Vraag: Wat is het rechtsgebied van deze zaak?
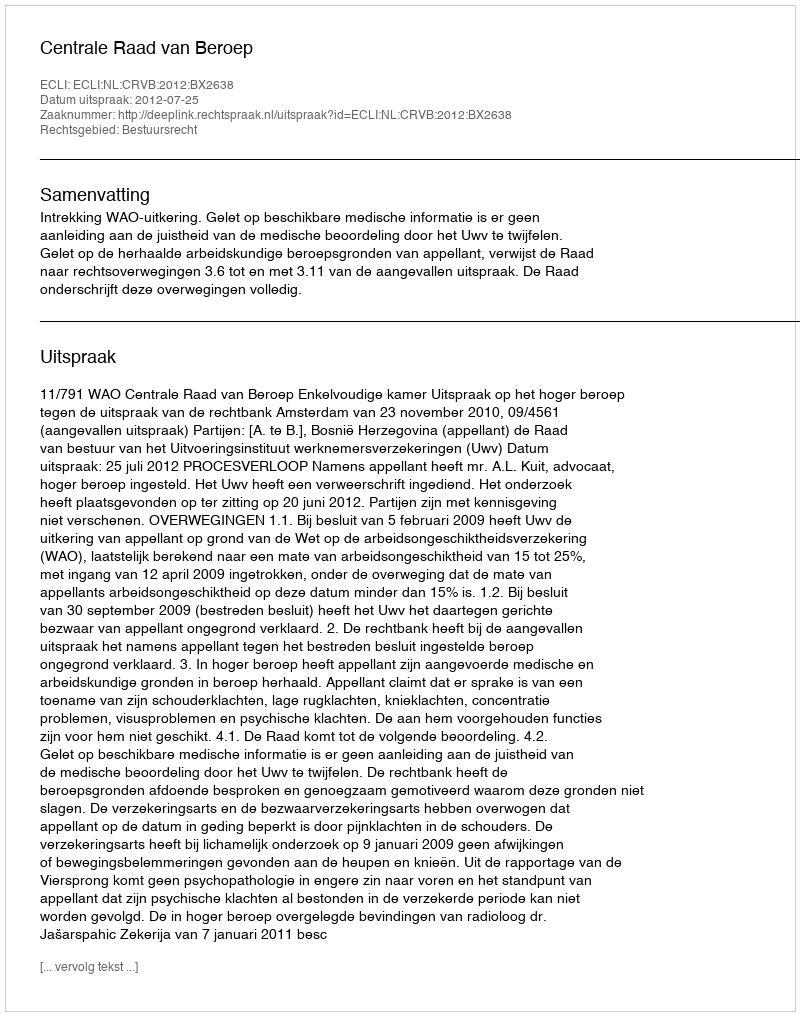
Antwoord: Bestuursrecht